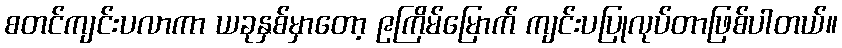
စတင်ကျင်းပလာကာ ယခုနှစ်မှာတော့ ၉ကြိမ်မြောက် ကျင်းပပြုလုပ်တာဖြစ်ပါတယ်။